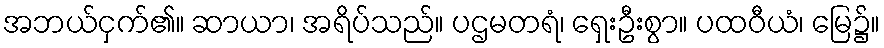
အဘယ်ငှက်၏။ ဆာယာ၊ အရိပ်သည်။ ပဌမတရံ၊ ရှေးဦးစွာ။ ပထဝီယံ၊ မြေ၌။